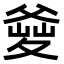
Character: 𤕘